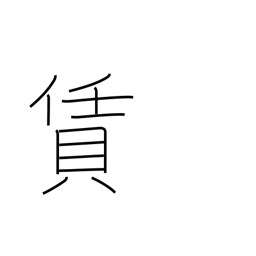
Meaning: fee